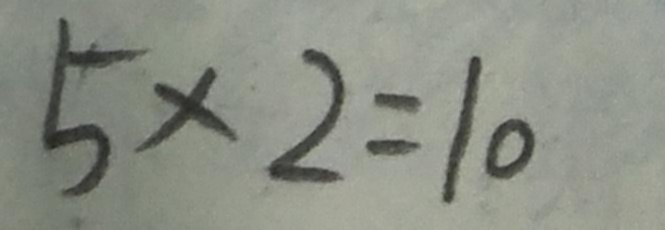
5 \times 2 = 1 0